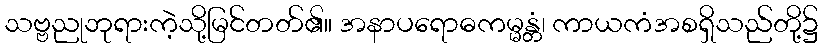
သဗ္ဗညုဘုရားကဲ့သို့မြင်တတ်၏။ အနာပရောဓကမ္မန္တံ၊ ကာယကံအစရှိသည်တို့၌